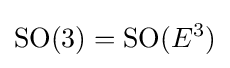
\mathrm {SO} (3)=\mathrm {SO} (E^{3})